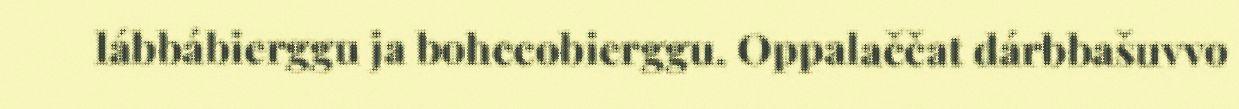
lábbábierggu ja bohccobierggu. Oppalaččat dárbbašuvvo